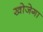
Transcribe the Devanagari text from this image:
खोजेगा